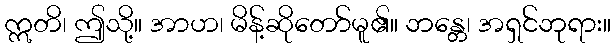
ဣတိ၊ ဤသို့။ အာဟ၊ မိန့်ဆိုတော်မူ၏။ ဘန္တေ၊ အရှင်ဘုရား။